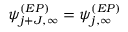
\psi _ { j + J , \infty } ^ { ( E P ) } = \psi _ { j , \infty } ^ { ( E P ) }